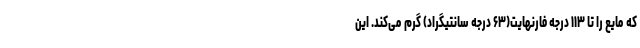
که مایع را تا ۱۱۳ درجه فارنهایت(۶۳ درجه سانتیگراد) گرم می‌کند. این